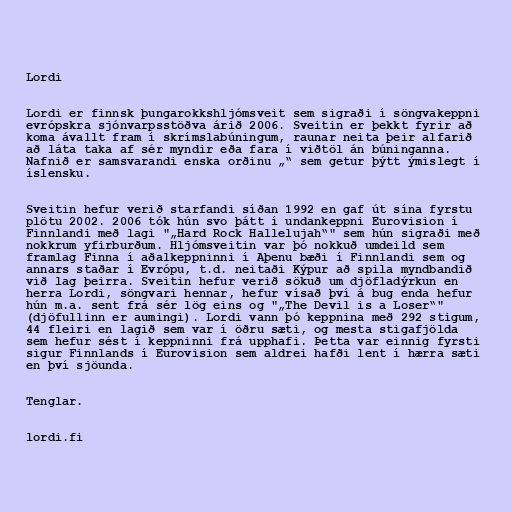
Lordi

Lordi er finnsk þungarokkshljómsveit sem sigraði í söngvakeppni
evrópskra sjónvarpsstöðva árið 2006. Sveitin er þekkt fyrir að
koma ávallt fram í skrímslabúningum, raunar neita þeir alfarið
að láta taka af sér myndir eða fara í viðtöl án búninganna.
Nafnið er samsvarandi enska orðinu „“ sem getur þýtt ýmislegt í
íslensku.

Sveitin hefur verið starfandi síðan 1992 en gaf út sína fyrstu
plötu 2002. 2006 tók hún svo þátt í undankeppni Eurovision í
Finnlandi með lagi "„Hard Rock Hallelujah“" sem hún sigraði með
nokkrum yfirburðum. Hljómsveitin var þó nokkuð umdeild sem
framlag Finna í aðalkeppninni í Aþenu bæði í Finnlandi sem og
annars staðar í Evrópu, t.d. neitaði Kýpur að spila myndbandið
við lag þeirra. Sveitin hefur verið sökuð um djöfladýrkun en
herra Lordi, söngvari hennar, hefur vísað því á bug enda hefur
hún m.a. sent frá sér lög eins og "„The Devil is a Loser“"
(djöfullinn er aumingi). Lordi vann þó keppnina með 292 stigum,
44 fleiri en lagið sem var í öðru sæti, og mesta stigafjölda
sem hefur sést í keppninni frá upphafi. Þetta var einnig fyrsti
sigur Finnlands í Eurovision sem aldrei hafði lent í hærra sæti
en því sjöunda.

Tenglar.

lordi.fi